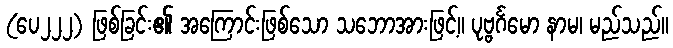
(ပေ၂၂၂) ဖြစ်ခြင်း၏ အကြောင်းဖြစ်သော သဘောအားဖြင့်။ ပုဗ္ဗင်္ဂမော နာမ၊ မည်သည်။